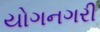
યોગનગરી